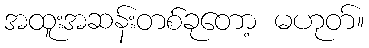
အထူးအဆန်းတစ်ခုတော့ မဟုတ်။